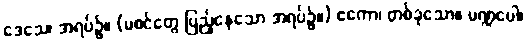
ဒေသေ၊ အရပ်၌။ (မစင်တွေ ပြည့်နေသော အရပ်၌။) ဧကော၊ တစ်ခုသော။ မဏ္ဍပေါ၊